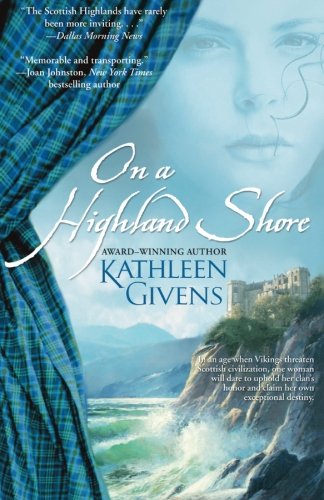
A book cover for On a Highland Shore; Kathleen Givens; Romance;